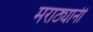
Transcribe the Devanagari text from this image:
मराठ्यानी